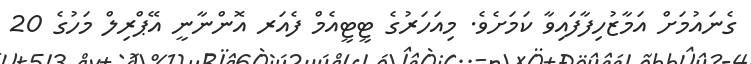
ގެނައުމަށް އަމާޒުހިފާފައިވާ ކަމަށެވެ. މިއަހަރުގެ ޓީޓީއެމް ފެއަރ އޮންނާނީ އޭޕްރިލް މަހުގެ 20